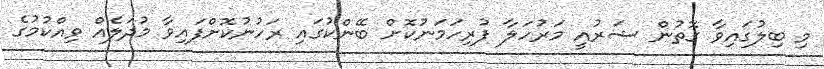
މި ބިލުގައިވާ ގޮތުން ޝަރުއީ މަރުހަލާ ފުރިހަމަނުކޮށް ބޭންކުގައި ރަހުނުކޮށްފައިވާ މުދަލެއް ވިއްކުމުގެ